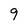
Character: 9